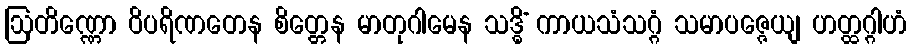
ဩတိဏ္ဏော ဝိပရိဏတေန စိတ္တေန မာတုဂါမေန သဒ္ဓိံ ကာယသံသဂ္ဂံ သမာပဇ္ဇေယျ ဟတ္ထဂ္ဂါဟံ